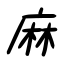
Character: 麻